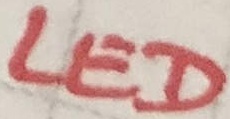
Text: LED